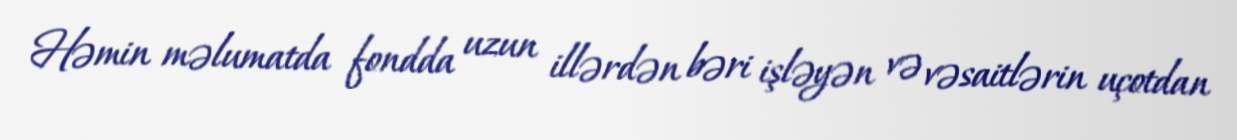
Həmin məlumatda fondda uzun illərdən bəri işləyən və vəsaitlərin uçotdan